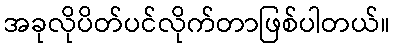
အခုလိုပိတ်ပင်လိုက်တာဖြစ်ပါတယ်။